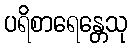
ပရိစာရေန္တေသု